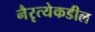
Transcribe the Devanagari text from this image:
नैरृत्येकडील